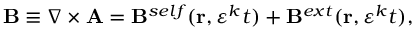
\left. \mathbf { B } \equiv \nabla \times \mathbf { A } = \mathbf { B } ^ { s e l f } ( \mathbf { r } , \varepsilon ^ { k } t ) + \mathbf { B } ^ { e x t } ( \mathbf { r } , \varepsilon ^ { k } t ) , \right.